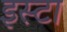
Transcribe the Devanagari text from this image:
इस्टा